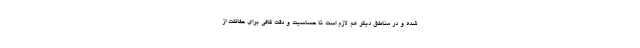
شده و در مناطق دیگر هم لازم است تا حساسیت و دقت کافی برای حفاظت از